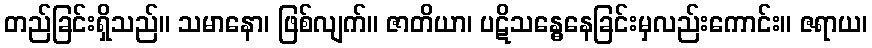
တည်ခြင်းရှိသည်။ သမာနော၊ ဖြစ်လျက်။ ဇာတိယာ၊ ပဋိသန္ဓေနေခြင်းမှလည်းကောင်း။ ဇရာယ၊